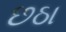
છઠા